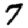
Digit: 7